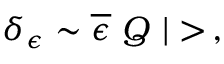
\delta _ { \epsilon } \sim \overline { { { \epsilon } } } \ Q \ | > \, ,